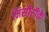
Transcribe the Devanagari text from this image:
मिसौरीके